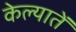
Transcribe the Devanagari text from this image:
केल्यातें